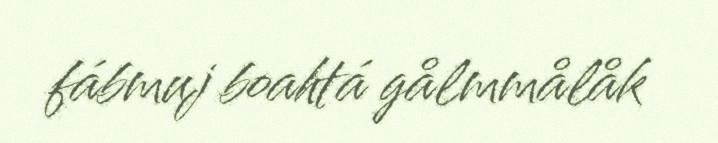
fábmuj boahtá gålmmålåk